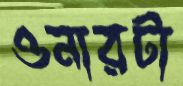
ওনারটা